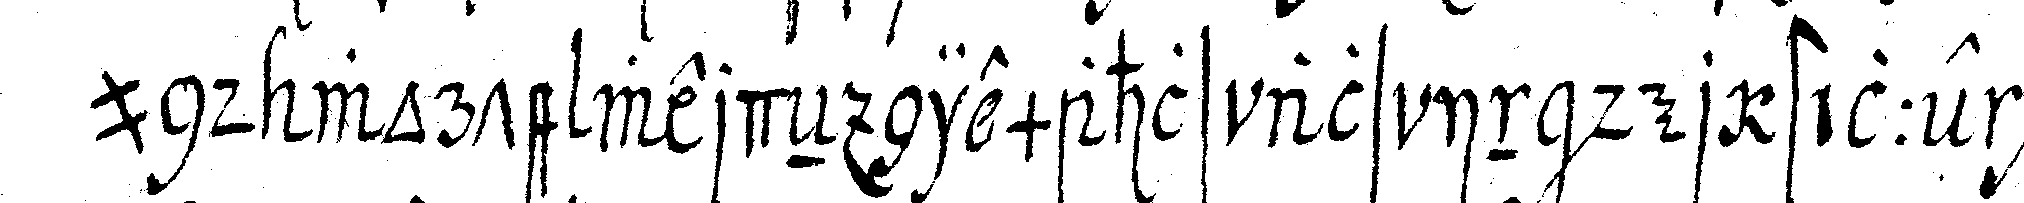
und worte werdeN niemahls als in der stille ge